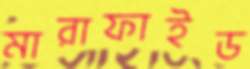
মারাফাইড